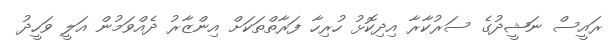
ރައީސް ނަޝީދުގެ ސަރުކާރާ އިދިކޮޅު ހުރިހާ ފަރާތްތަކަށް އިންޒާރު ދެއްވަމުން އަލީ ވަހީދު